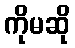
ကိုမဆို